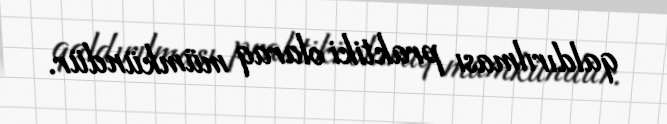
qaldırılması praktiki olaraq mümkündür.